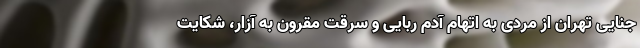
جنایی تهران از مردی به اتهام آدم ربایی و سرقت مقرون به آزار، شکایت